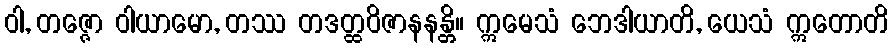
ဝါ, တဇ္ဇော ဝါယာမော, တဿ တဒတ္ထဝိဇာနနန္တိ။ ဣမေသံ ဘေဒါယာတိ, ယေသံ ဣတောတိ